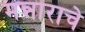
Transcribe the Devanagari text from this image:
मन्नाराचे